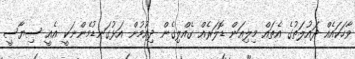
ވާހަކައެއް ދައުލަތުގެ އެތައް މިލިއަން ޑޮލަރެއް ގެއްލިގެން ދިއުމުން އަޅުގަނޑުމެންނަކީ އެއީ ސިޔާސީ